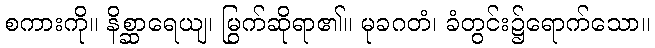
စကားကို။ နိစ္ဆာရေယျ၊ မြွက်ဆိုရာ၏။ မုခဂတံ၊ ခံတွင်း၌ရောက်သော။